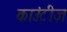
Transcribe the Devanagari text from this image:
काउंटीज़